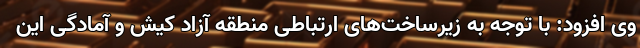
وی افزود: با توجه به زیرساخت‌های ارتباطی منطقه آزاد کیش و آمادگی این